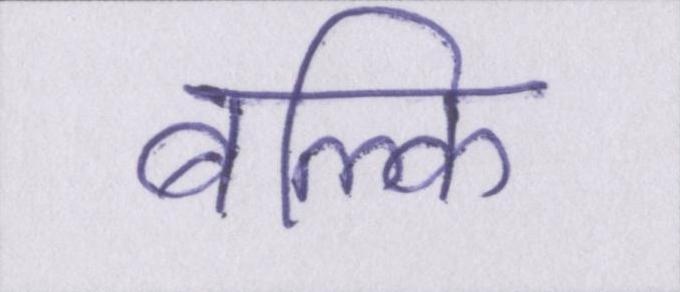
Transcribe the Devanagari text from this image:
बल्कि